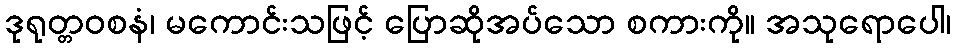
ဒုရုတ္တဝစနံ၊ မကောင်းသဖြင့် ပြောဆိုအပ်သော စကားကို။ အသုရောပေါ၊